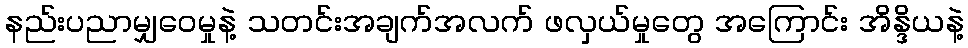
နည်းပညာမျှဝေမှုနဲ့ သတင်းအချက်အလက် ဖလှယ်မှုတွေ အကြောင်း အိန္ဒိယနဲ့